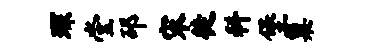
琛堂邳宋徙科堡巢